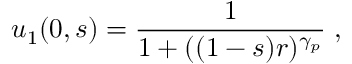
u _ { 1 } ( 0 , s ) = \frac { 1 } { 1 + ( ( 1 - s ) r ) ^ { \gamma _ { p } } } \; ,